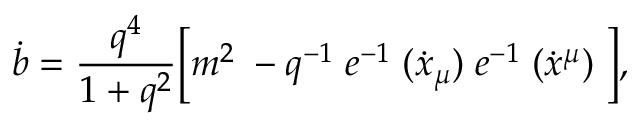
\dot { b } = \frac { q ^ { 4 } } { 1 + q ^ { 2 } } \Bigl [ m ^ { 2 } \; - q ^ { - 1 } \; e ^ { - 1 } \; ( \dot { x } _ { \mu } ) \; e ^ { - 1 } \; ( \dot { x } ^ { \mu } ) \; \Bigr ] ,